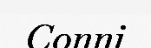
Conni